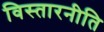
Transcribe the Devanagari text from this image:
विस्तारनीति